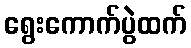
ရွေးကောက်ပွဲထက်